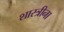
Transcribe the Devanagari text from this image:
शास्त्रीना